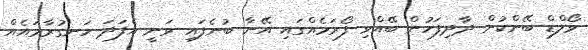
ވޯލްޑް ބޭންކުން ދާދިފަހުން ބޭއްވި ފޯރަމެއްގައި އޭނާ ބުނެފައި ވަނީ އެފަދަ ހަނގުރާމައެއް